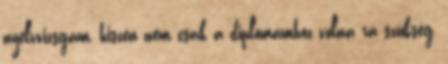
nyelvvizsgám, hiszen nem csak a diplomámhoz volna rá szükség,